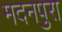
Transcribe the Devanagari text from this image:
मदनपुरा